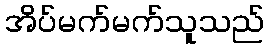
အိပ်မက်မက်သူသည်